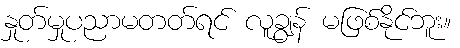
နှုတ်မှုပညာမတတ်ရင် လူချွန် မဖြစ်နိုင်ဘူး။